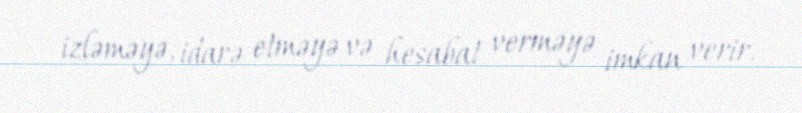
izləməyə, idarə etməyə və hesabat verməyə imkan verir.